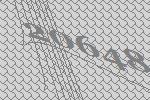
20648